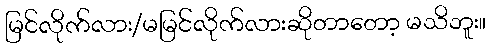
မြင်လိုက်လား/မမြင်လိုက်လားဆိုတာတော့ မသိဘူး။